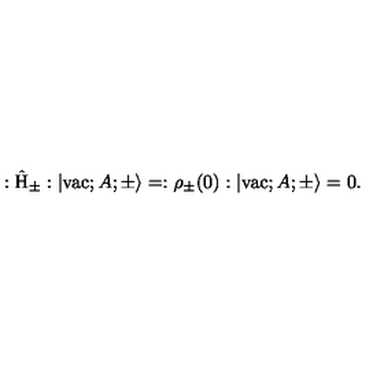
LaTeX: : \hat { \mathrm { H } } _ { \pm } : | \mathrm { v a c } ; A ; \pm \rangle = : { \rho } _ { \pm } ( 0 ) : | \mathrm { v a c } ; A ; \pm \rangle = 0 .